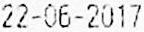
22-06-2017